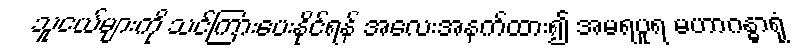
သူငယ်များကို သင်ကြားပေးနိုင်ရန် အလေးအနက်ထား၍ အမရပူရ မဟာဂန္ဓာရုံ